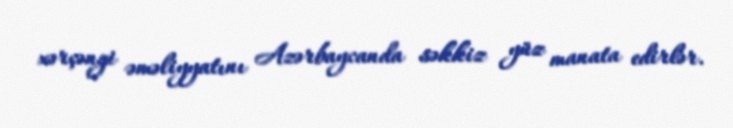
xərçəngi əməliyyatını Azərbaycanda səkkiz yüz manata edirlər.